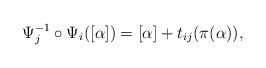
LaTeX: \begin{gather*} \Psi_j^{-1} \circ \Psi_i([\alpha]) = [\alpha] + t_{ij}(\pi(\alpha)), \end{gather*}